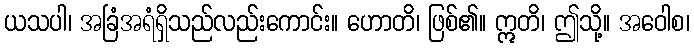
ယသပါ၊ အခြံအရံရှိသည်လည်းကောင်း။ ဟောတိ၊ ဖြစ်၏။ ဣတိ၊ ဤသို့။ အဝေါစ၊